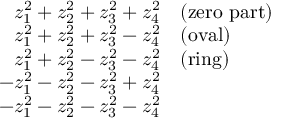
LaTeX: \begin{array} { r l } { z _ { 1 } ^ { 2 } + z _ { 2 } ^ { 2 } + z _ { 3 } ^ { 2 } + z _ { 4 } ^ { 2 } } & { { } { \mathrm { ( z e r o ~ p a r t ) } } } \\ { z _ { 1 } ^ { 2 } + z _ { 2 } ^ { 2 } + z _ { 3 } ^ { 2 } - z _ { 4 } ^ { 2 } } & { { } { \mathrm { ( o v a l ) } } } \\ { z _ { 1 } ^ { 2 } + z _ { 2 } ^ { 2 } - z _ { 3 } ^ { 2 } - z _ { 4 } ^ { 2 } } & { { } { \mathrm { ( r i n g ) } } } \\ { - z _ { 1 } ^ { 2 } - z _ { 2 } ^ { 2 } - z _ { 3 } ^ { 2 } + z _ { 4 } ^ { 2 } } \\ { - z _ { 1 } ^ { 2 } - z _ { 2 } ^ { 2 } - z _ { 3 } ^ { 2 } - z _ { 4 } ^ { 2 } } \end{array}